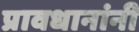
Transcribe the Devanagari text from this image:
प्रावधानांनी